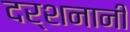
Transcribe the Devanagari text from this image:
दर्शनानी